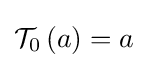
{\mathcal {T}}_{0}\left(a\right)=a